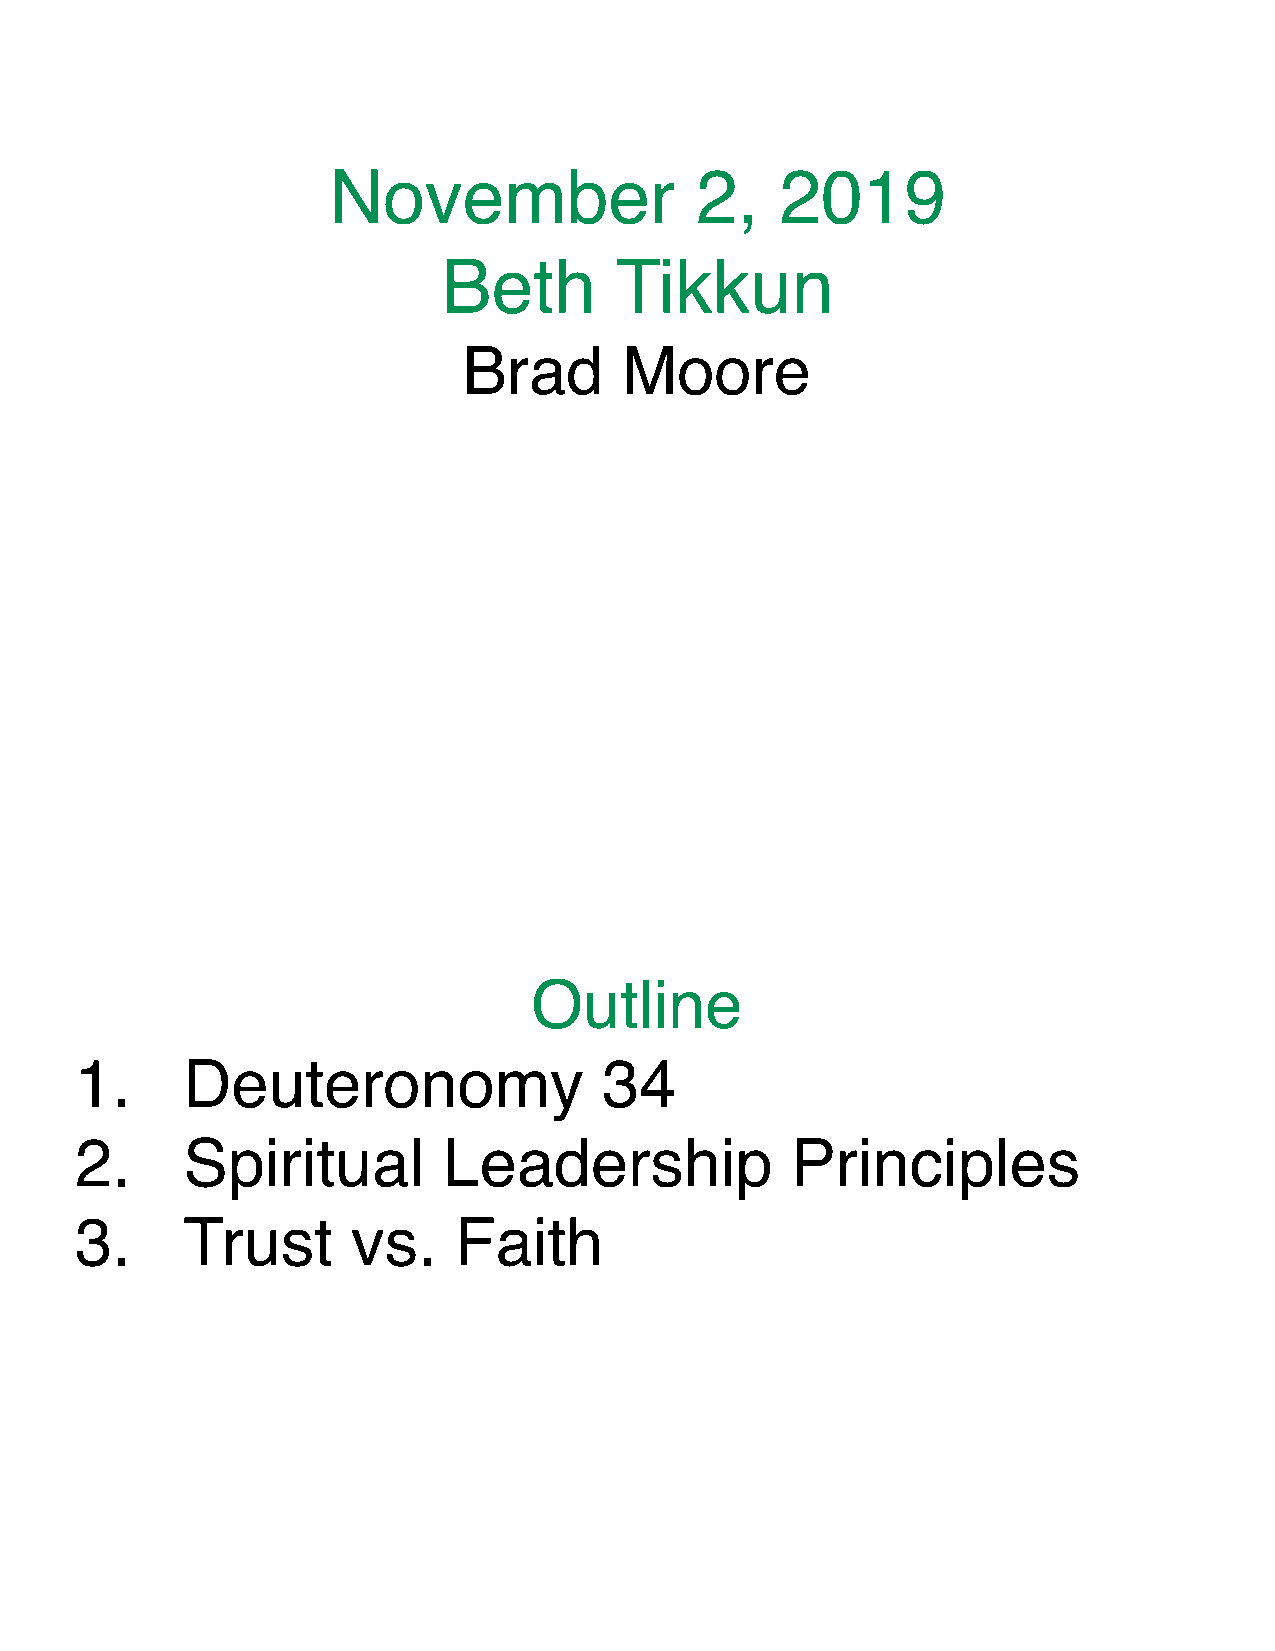
November                2,    2019
 Beth        Tikkun
 Brad      Moore
 Outline
 1.     Deuteronomy                 34
 2.     Spiritual        Leadership             Principles
 3.     Trust      vs.    Faith